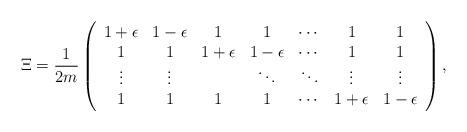
LaTeX: \begin{align*}\Xi=\frac{1}{2m}\left(\begin{array}{ccccccc}1+\epsilon & 1-\epsilon & 1 & 1 & \cdots & 1 & 1\\1 & 1 & 1+\epsilon & 1-\epsilon & \cdots & 1 & 1\\\vdots & \vdots && \ddots & \ddots& \vdots & \vdots\\1 & 1 & 1 & 1 & \cdots & 1+\epsilon & 1-\epsilon\\\end{array}\right),\end{align*}